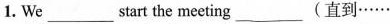
1. We___start the meeting___(直到……